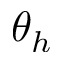
\theta _ { h }